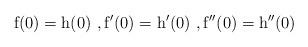
LaTeX: \begin{align*}\mathrm{f}(0)= \mathrm{h}(0)\ , \mathrm{f}'(0)= \mathrm{h}'(0)\ , \mathrm{f}''(0) = \mathrm{h}''(0) \end{align*}